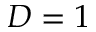
D = 1